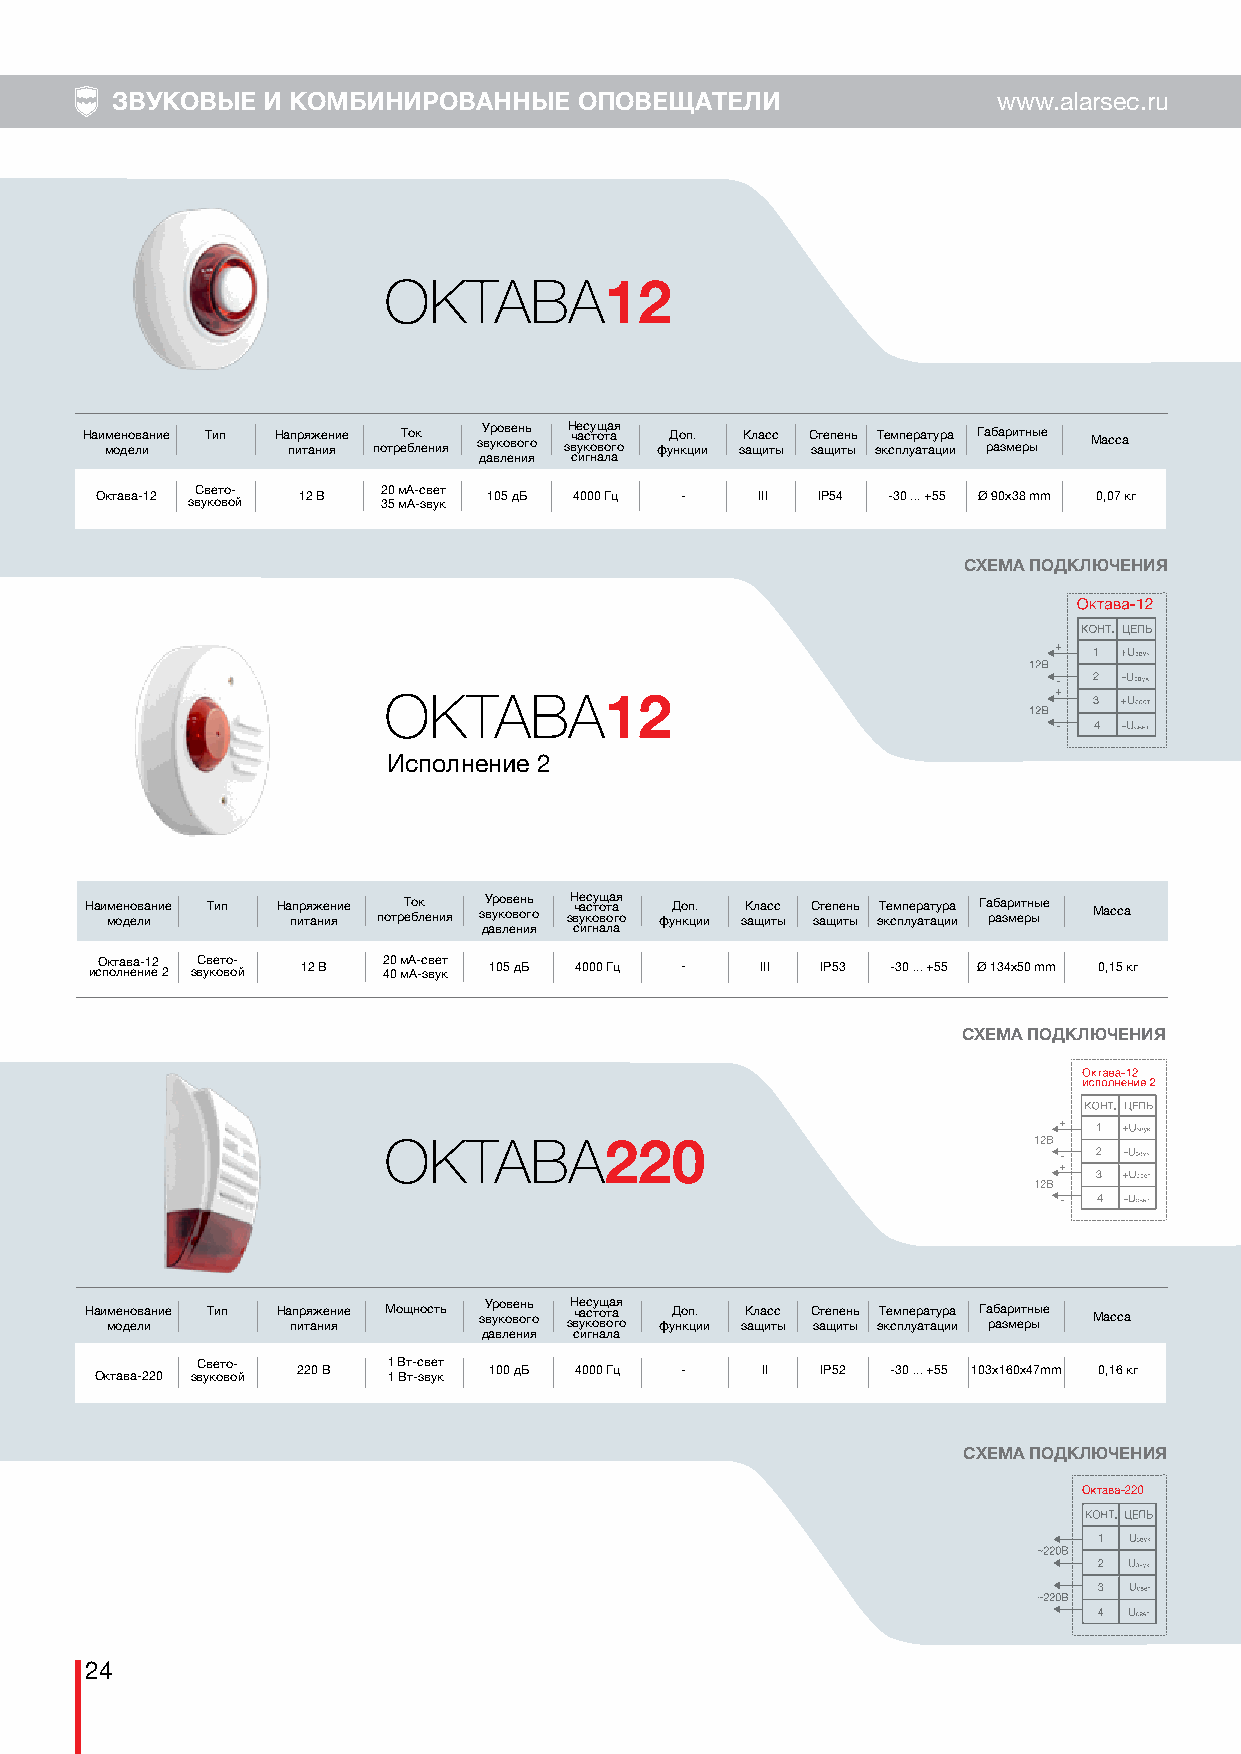
ЗВУКОВЫЕ  И КОМБИНИРОВАННЫЕ    ОПОВЕЩАТЕЛИ                 www.alarsec.ru
 ОКТАВА
 12
 Наи мм ое дн ео лв иание Тип На пп ир тя аж не ин яие потреТ бо лк ения зУ вр уко ов ве он гь о зН вче уас кс оу тщ о вота а гя о фуД но кп ц. ии зК ащла ис тс ы С зате щп ие тн ыь эТ ке см пп ле ур аа тт ау цр иа и Га рб аа зр ми ет рн ыые Масса
 давления сигнала
 Октава-12 звС ув ке от во о- й 12 В 2 30 5 м мА А- -с звв уе кт 105 дБ 4000 Гц - III IP54 -30 ... +55 Ø 90x38 mm 0,07 кг
 СХЕМА ПОДКЛЮЧЕНИЯ
 + 1
 - 2
 +
 ОКТАВА                                         3
 12
 - 4
 Исполнение 2
 Наи мм ое дн ео лв иание Тип На пп ир тя аж не ин яие потреТ бо лк ения зУ вр уко ов ве он гь о зН вче уас кс оу тщ о вота а гя о фуД но кп ц. ии зК ащла ис тс ы С зате щп ие тн ыь эТ ке см пп ле ур аа тт ау цр иа и Га рб аа зр ми ет рн ыые Масса
 давления сигнала
 исО пк от ла нв еа н- и1 е2 2 звС ув ке от во о- й 12 В 2 40 0 м мА А- -с звв уе кт 105 дБ 4000 Гц - III IP53 -30 ... +55 Ø 134x50 mm 0,15 кг
 СХЕМА ПОДКЛЮЧЕНИЯ
 +  1
 ОКТАВА
 220                           -  2
 +
 3
 -  4
 Наи мм ое дн ео лв иание Тип На пп ир тя аж не ин яие Мощность зУ вр уко ов ве он гь о зН вче уас кс оу тщ о вота а гя о фуД но кп ц. ии зК ащла ис тс ы С зате щп ие тн ыь эТ ке см пп ле ур аа тт ау цр иа и Га рб аа зр ми ет рн ыые Масса
 давления сигнала
 Октава-220 звС ув ке от во о- й 220 В 1 1 В Вт т- -с звв уе кт 100 дБ 4000 Гц - II IP52 -30 ... +55 103x160х47mm 0,16 кг
 СХЕМА ПОДКЛЮЧЕНИЯ
 1
 2
 3
 4
 24